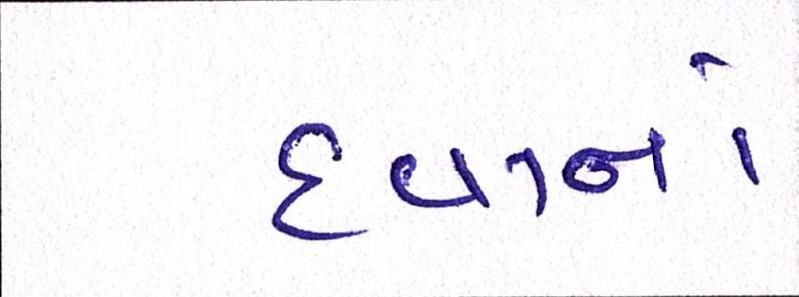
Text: દવાનાં